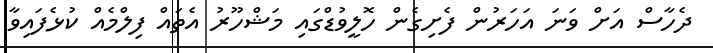
ދެހާސް އަށް ވަނަ އަހަރުން ފެށިގެން ހޮލީވުޑްގައި މަޝްހޫރު އެތައް ފިލްމެއް ކުޅެފައިވާ